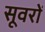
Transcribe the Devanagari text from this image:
सूवरों